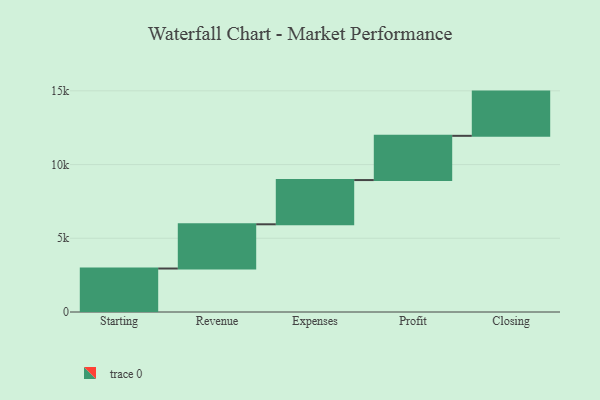
{"axis": {"x": "Step", "y": "Value"}, "legend": [""], "data": [{"x": "Starting", "y": 2949.0, "type": ""}, {"x": "Revenue", "y": 3000, "type": ""}, {"x": "Expenses", "y": 3000, "type": ""}, {"x": "Profit", "y": 3000, "type": ""}, {"x": "Closing", "y": 3000, "type": ""}]}